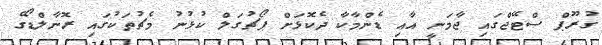
ގުރޫޕް ސްޓޭޖްގައި ޖާމަނީ އާއި ޑެންމާކާ ދެކޮޅަށް ޕޯޗުގަލް ކުޅުނު މެޗުތަކުގައި ރޮނާލްޑޯގެ